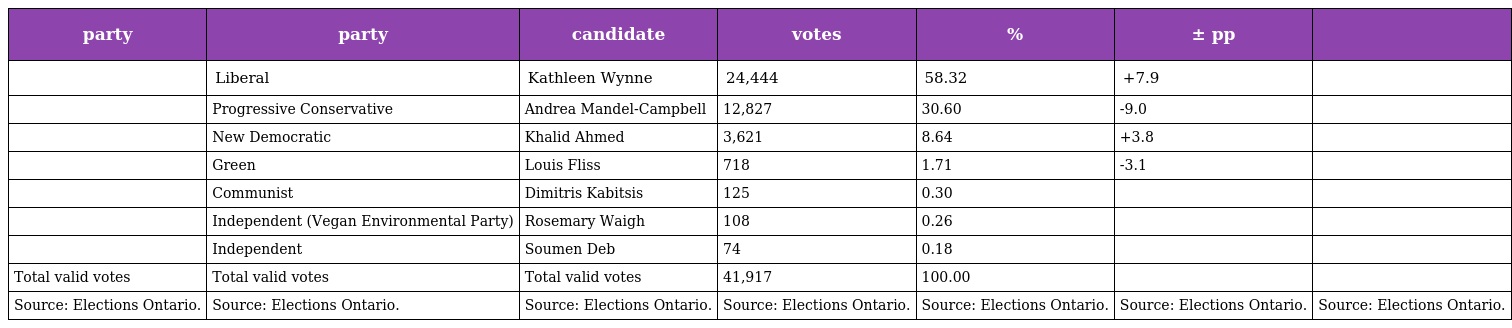
| party | party | candidate | votes | % | ± pp |  |
 | --- | --- | --- | --- | --- | --- | --- |
 |  | Liberal | Kathleen Wynne | 24,444 | 58.32 | +7.9 |  |
 |  | Progressive Conservative | Andrea Mandel-Campbell | 12,827 | 30.60 | -9.0 |  |
 |  | New Democratic | Khalid Ahmed | 3,621 | 8.64 | +3.8 |  |
 |  | Green | Louis Fliss | 718 | 1.71 | -3.1 |  |
 |  | Communist | Dimitris Kabitsis | 125 | 0.30 |  |  |
 |  | Independent (Vegan Environmental Party) | Rosemary Waigh | 108 | 0.26 |  |  |
 |  | Independent | Soumen Deb | 74 | 0.18 |  |  |
 | Total valid votes | Total valid votes | Total valid votes | 41,917 | 100.00 |  |  |
 | Source: Elections Ontario. | Source: Elections Ontario. | Source: Elections Ontario. | Source: Elections Ontario. | Source: Elections Ontario. | Source: Elections Ontario. | Source: Elections Ontario. |